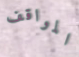
المواقف